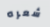
شعره